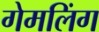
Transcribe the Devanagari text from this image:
गेमलिंग